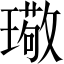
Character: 璥